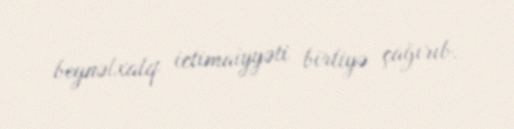
beynəlxalq ictimaiyyəti birliyə çağırıb.